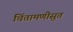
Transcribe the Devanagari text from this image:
चिंतामणीसुत